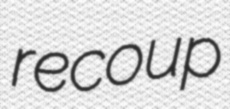
recoup